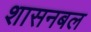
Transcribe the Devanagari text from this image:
शासनबल